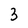
Character: 3